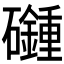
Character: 𥗦